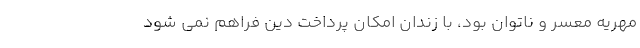
مهریه مُعسر و ناتوان بود، با زندان امکان پرداخت دِین فراهم نمی شود